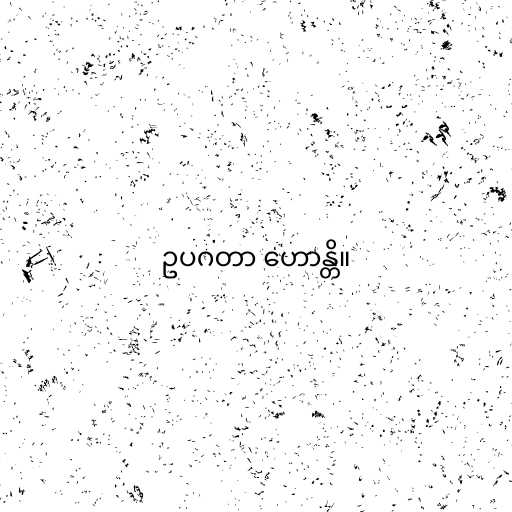
ဥပဂတာ ဟောန္တိ။